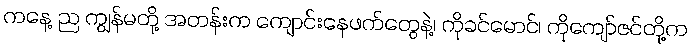
ကနေ့ ည ကျွန်မတို့ အတန်းက ကျောင်းနေဖက်တွေနဲ့၊ ကိုခင်မောင်၊ ကိုကျော်ဇင်တို့က